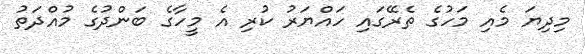
މިދިޔަ މެއި މަހުގެ ތެރޭގައި ހައްޔަރު ކުރި އެ މީހާގެ ބަންދުގެ މުއްދަތު